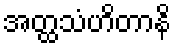
အတ္ထသံဟိတာနိ